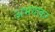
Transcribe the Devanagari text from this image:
अभयाकर